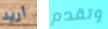
أريد وتقدم